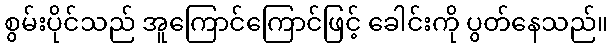
စွမ်းပိုင်သည် အူကြောင်ကြောင်ဖြင့် ခေါင်းကို ပွတ်နေသည်။